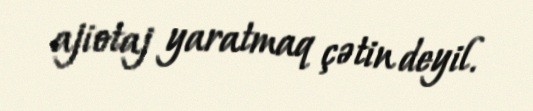
ajiotaj yaratmaq çətin deyil.